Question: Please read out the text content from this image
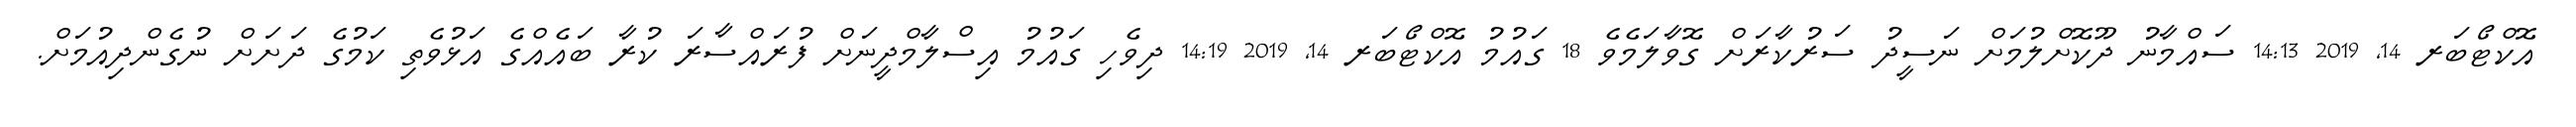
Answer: އޮކްޓޯބަރ 14, 2019 14:13 ސައްމާނު ދޫކޮށްލުމަށް ނަސީދު ސަރުކާރަށް ގޮވާލަމެވެ 18 ގައުމު އޮކްޓޯބަރ 14, 2019 14:19 ދިވެހި ގައުމު އިސްލާމްދީނަށް ފުރައްސާރަ ކުރާ ބައެއްގެ އަޅުވެތި ކަމުގެ ދަށަށް ނުގެންދިއުމަށް.